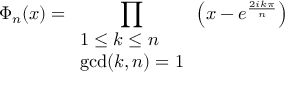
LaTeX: \Phi _ { n } ( x ) = \prod _ { \begin{array} { l } { 1 \leq k \leq n } \\ { \operatorname* { g c d } ( k , n ) = 1 } \end{array} } \left( x - e ^ { \frac { 2 i k \pi } { n } } \right)